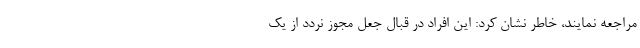
مراجعه نمایند، خاطر نشان کرد: این افراد در قبال جعل مجوز نردد از یک